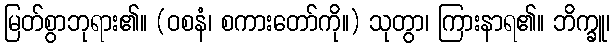
မြတ်စွာဘုရား၏။ (ဝစနံ၊ စကားတော်ကို။) သုတွာ၊ ကြားနာရ၏။ ဘိက္ခူ၊